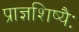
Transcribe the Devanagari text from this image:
प्राज्ञशिष्यैः